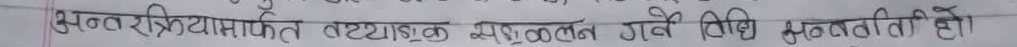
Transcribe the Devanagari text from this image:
अन्तर्राष्ट्रिय व्याबसायिक मण्डलले गरे विधि सत्यवती हो।